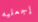
إجعليه